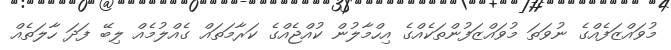
މުވައްޒަފެއްގެ ނުވަތަ މުވައްޒަފުންތަކެއްގެ އިހްމާލުން ކުއްޖެއްގެ ކަރާމަތައް ގެއްލުމެއް ލިބޭ ފަދަ ހާލަތެއް